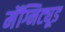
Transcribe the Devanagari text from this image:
मॅग्निट्यूड